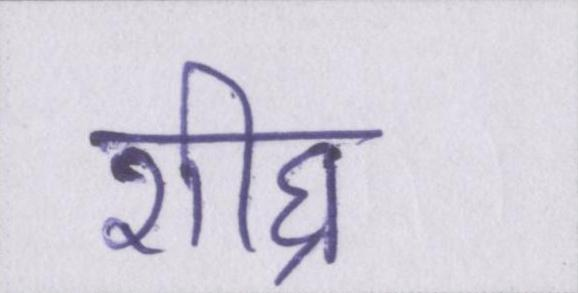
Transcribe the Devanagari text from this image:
शीघ्र